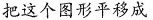
把这个图形平移成